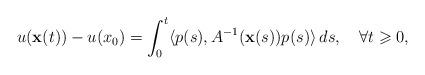
LaTeX: \begin{align*}u(\mathbf{x}(t))-u(x_0)=\int_0^t\langle p(s),A^{-1}(\mathbf{x}(s))p(s)\rangle\,ds,\quad\forall t\geqslant 0,\end{align*}